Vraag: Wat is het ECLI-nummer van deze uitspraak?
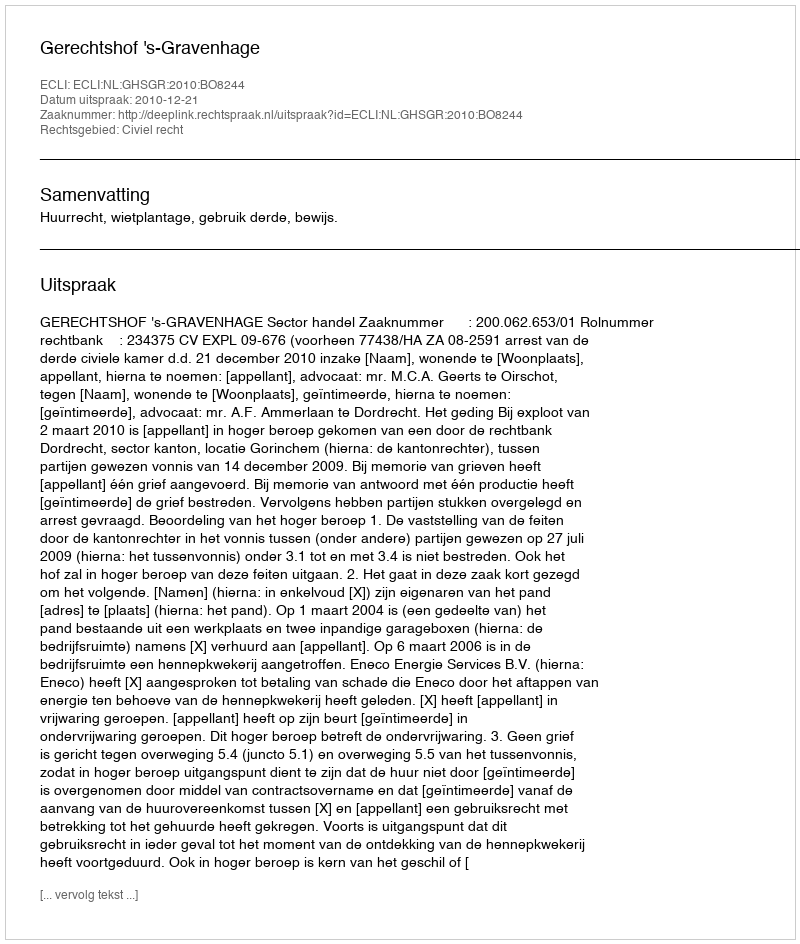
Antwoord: ECLI:NL:GHSGR:2010:BO8244